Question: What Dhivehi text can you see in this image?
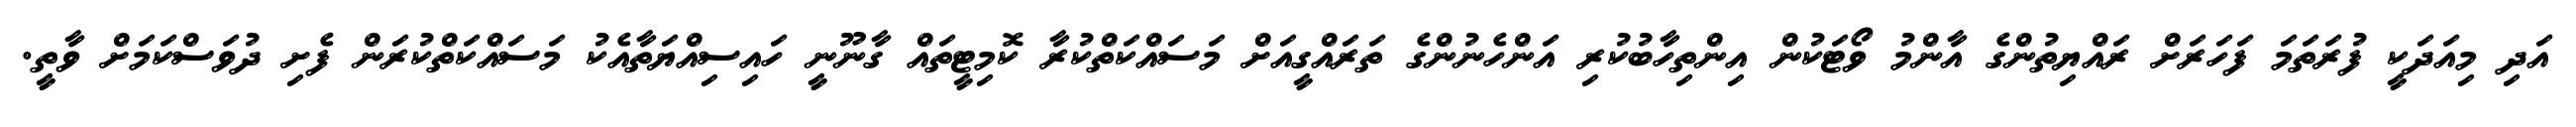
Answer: އަދި މިއަދަކީ ފުރަތަމަ ފަހަރަށް ރައްޔިތުންގެ އާންމު ވޯޓަކުން އިންތިހާބުކުރި އަންހެނުންގެ ތަރައްގީއަށް މަސައްކަތްކުރާ ކޮމިޓީތައް ގާނޫނީ ހައިސިއްޔަތާއެކު މަސައްކަތްކުރަން ފެށި ދުވަސްކަމަށް ވާތީ.